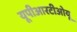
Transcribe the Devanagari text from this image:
यूपीआरटीओयू